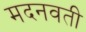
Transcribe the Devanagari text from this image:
मदनवती